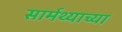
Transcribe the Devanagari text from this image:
सार्मथ्याच्या